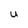
Character: U